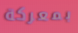
بمعركة